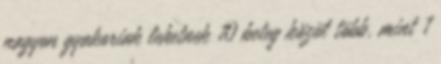
nagyon gyakoriak lehetnek 10 beteg közül több, mint 1